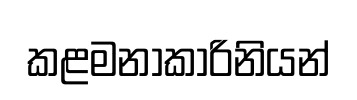
කළමනාකාරිනියන්